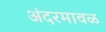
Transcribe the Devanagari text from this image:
अंदरमावळ